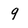
Character: 9